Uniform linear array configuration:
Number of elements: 16
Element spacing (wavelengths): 0.75
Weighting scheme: uniform
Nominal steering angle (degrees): -30
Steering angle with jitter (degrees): -29.832
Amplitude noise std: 0.05
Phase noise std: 0.05

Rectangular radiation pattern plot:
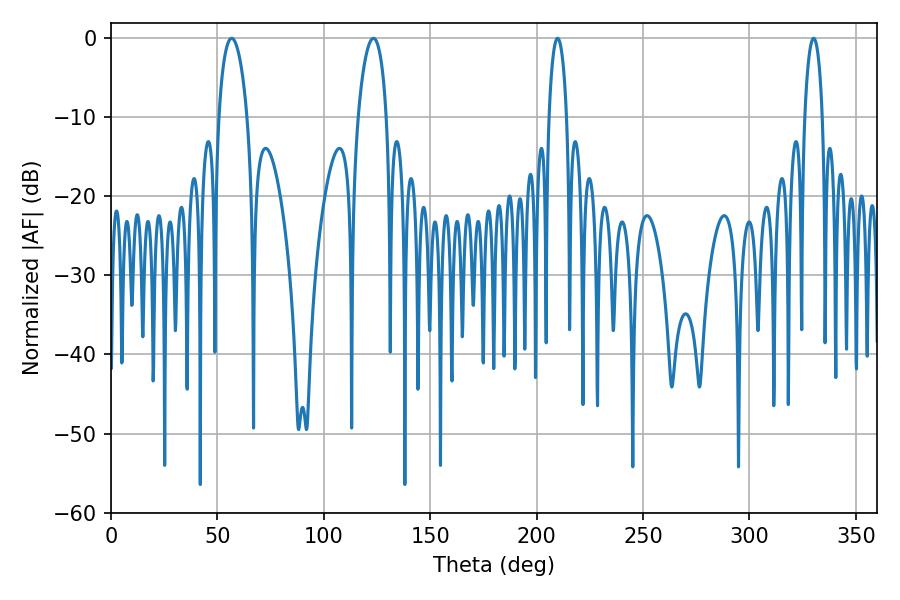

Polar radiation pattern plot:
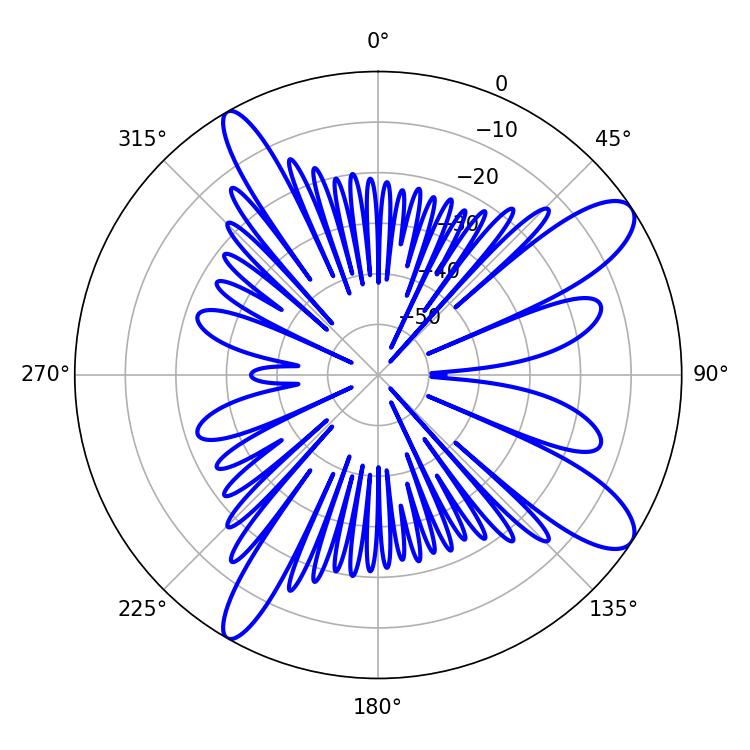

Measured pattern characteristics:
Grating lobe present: TRUE
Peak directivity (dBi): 11.128
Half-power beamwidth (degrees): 7.56
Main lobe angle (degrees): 123.3